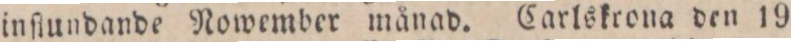
inſtundande Nowember månad. Carlskrona den 19